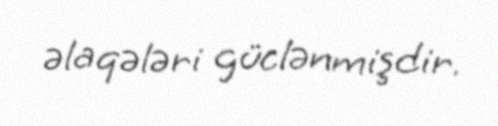
əlaqələri güclənmişdir.